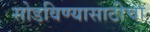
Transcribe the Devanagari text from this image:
सोडविण्यासाठीचा